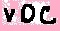
Text: VDC